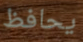
يحافظ